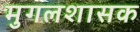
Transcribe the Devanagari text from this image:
मुगलशासक